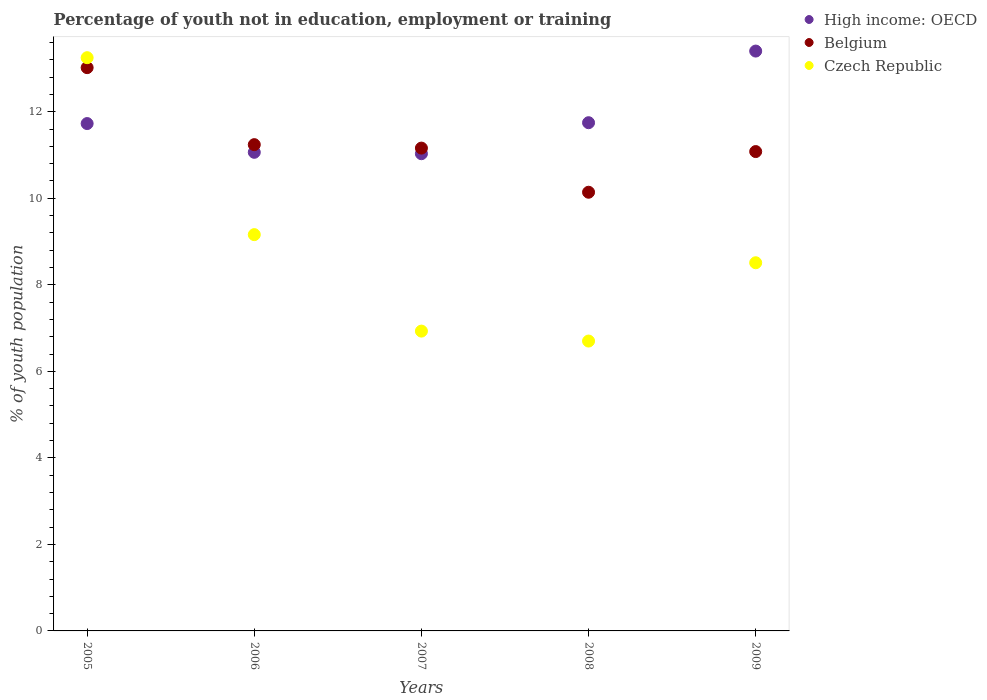
| Years | High income: OECD | Belgium | Czech Republic |
 | --- | --- | --- | --- |
 | 2005 | 11.7 | 13 | 13.2 |
 | 2006 | 11.1 | 11.2 | 9.16 |
 | 2007 | 11 | 11.2 | 6.93 |
 | 2008 | 11.7 | 10.1 | 6.7 |
 | 2009 | 13.4 | 11.1 | 8.51 |